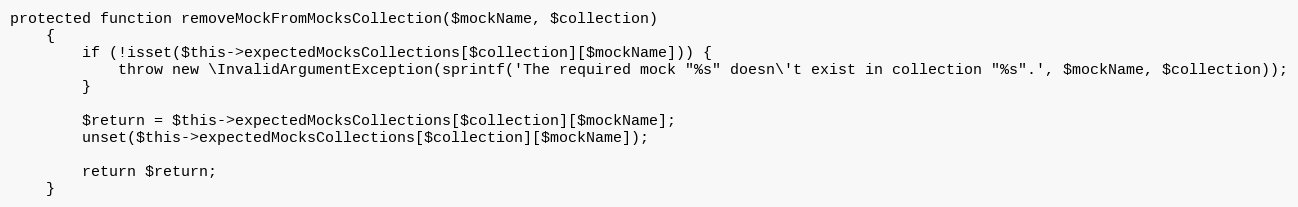
Language: PHP
protected function removeMockFromMocksCollection($mockName, $collection)
    {
        if (!isset($this->expectedMocksCollections[$collection][$mockName])) {
            throw new \InvalidArgumentException(sprintf('The required mock "%s" doesn\'t exist in collection "%s".', $mockName, $collection));
        }

        $return = $this->expectedMocksCollections[$collection][$mockName];
        unset($this->expectedMocksCollections[$collection][$mockName]);

        return $return;
    }